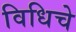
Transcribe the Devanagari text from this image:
विधिचे